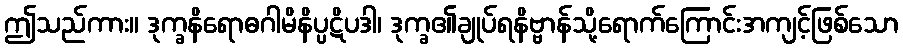
ဤသည်ကား။ ဒုက္ခနိရောဓဂါမိနိပ္ပဋိပဒါ၊ ဒုက္ခ၏ချုပ်ရနိဗ္ဗာန်သို့ရောက်ကြောင်းအကျင့်ဖြစ်သော